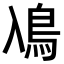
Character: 鳰